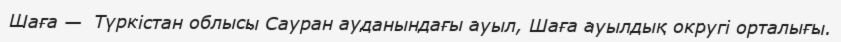
Шаға —  Түркістан облысы Сауран ауданындағы ауыл, Шаға ауылдық округі орталығы.